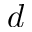
d